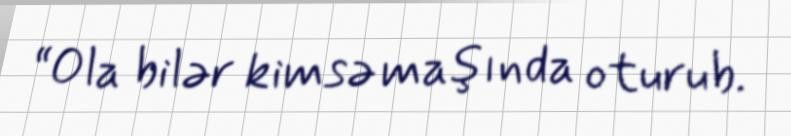
“Ola bilər kimsə maşında oturub.